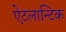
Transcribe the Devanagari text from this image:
ऐटलान्टिक